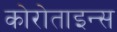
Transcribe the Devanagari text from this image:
कोरोताइन्स